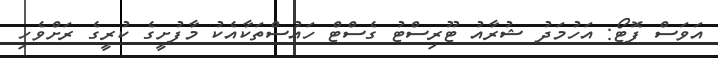
އަވަސް ފޮޓޯ: އަހުމަދު ޝުރާއު ޓޫރިސްޓު ގެސްޓް ހައުސްތަކާއެކު މާފުށީގެ ކުރީގެ ރަށްވެހި